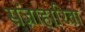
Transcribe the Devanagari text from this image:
संज्ञाहारिता